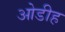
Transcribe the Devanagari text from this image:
ओडीह